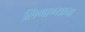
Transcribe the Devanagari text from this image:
लिंगाण्याचा